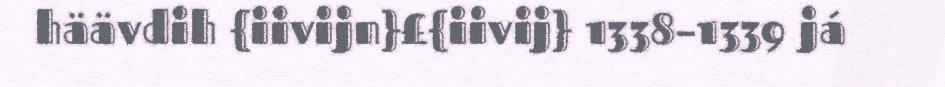
häävdih {iivijn}£{iivij} 1338–1339 já